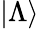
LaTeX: |\Lambda\rangle